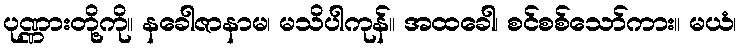
ပုဏ္ဏားတို့ကို။ နခေါဇာနာမ၊ မသိပါကုန်။ အထခေါ၊ စင်စစ်သော်ကား။ မယံ၊